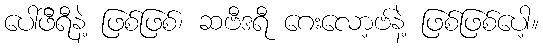
ပေါ်ဖီရီနဲ့ ဖြစ်ဖြစ်၊ ဆဗီဒရီ ဂေးလော့ဗ်နဲ့ ဖြစ်ဖြစ်ပေါ့။